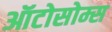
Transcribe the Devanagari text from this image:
ऑटोसोम्स